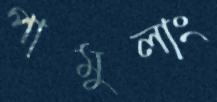
পামুলাং